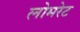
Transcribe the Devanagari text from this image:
लोमरेट